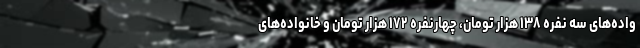
واده‌های سه نفره ۱۳۸ هزار تومان، چهارنفره ۱۷۲ هزار تومان و خانواده‌های